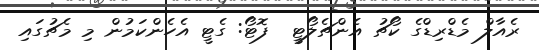
ރެއާލް މެޑްރިޑްގެ ކޯޗު އެންޗެލޯޓީ  ފޮޓޯ: ގެޓީ އެހެންކަމުން މި މެޗުގައި